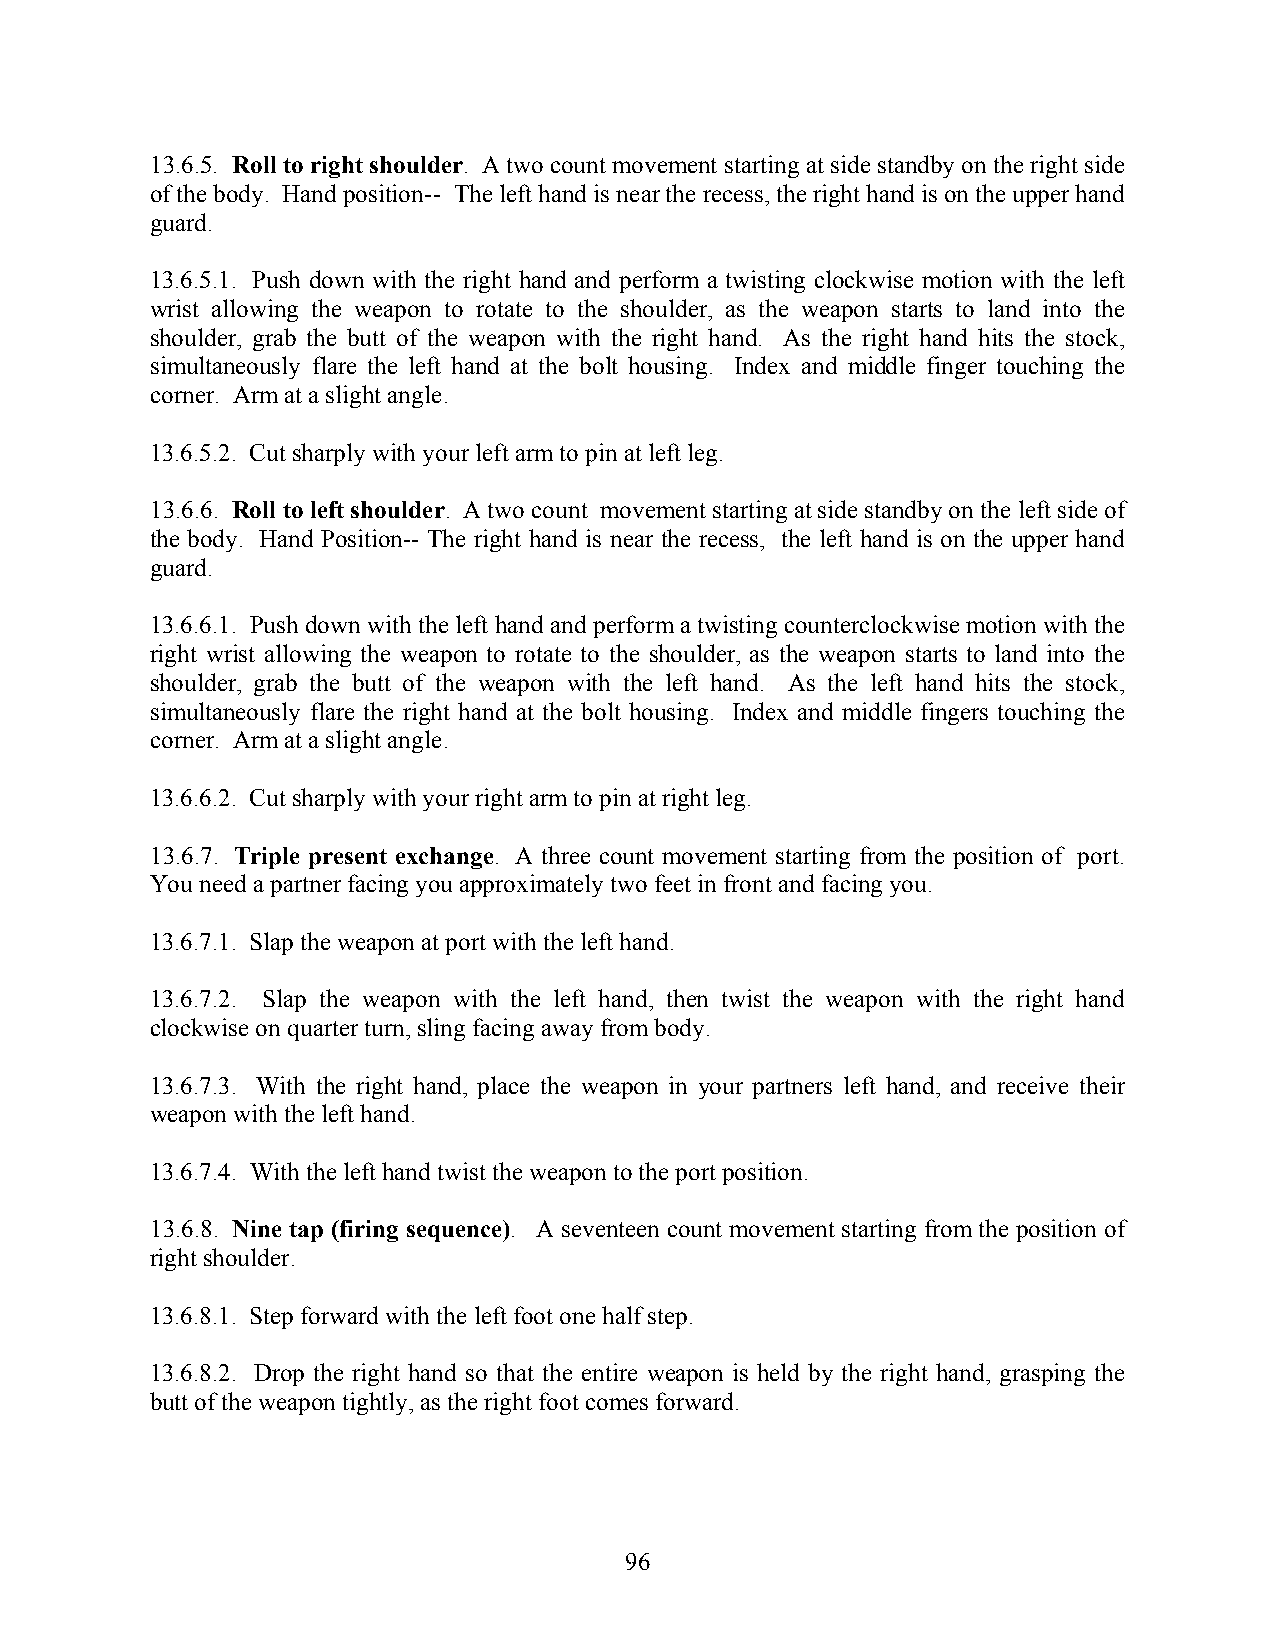
13.6.5. Roll to right shoulder. A two count movement starting at side standby on the right side
 of the body. Hand position-- The left hand is near the recess, the right hand is on the upper hand
 guard.
 13.6.5.1. Push down with the right hand and perform a twisting clockwise motion with the left
 wrist allowing the weapon to rotate to the shoulder, as the weapon starts to land into the
 shoulder, grab the butt of the weapon with the right hand. As the right hand hits the stock,
 simultaneously flare the left hand at the bolt housing. Index and middle finger touching the
 corner. Arm at a slight angle.
 13.6.5.2. Cut sharply with your left arm to pin at left leg.
 13.6.6. Roll to left shoulder. A two count movement starting at side standby on the left side of
 the body. Hand Position-- The right hand is near the recess, the left hand is on the upper hand
 guard.
 13.6.6.1. Push down with the left hand and perform a twisting counterclockwise motion with the
 right wrist allowing the weapon to rotate to the shoulder, as the weapon starts to land into the
 shoulder, grab the butt of the weapon with the left hand. As the left hand hits the stock,
 simultaneously flare the right hand at the bolt housing. Index and middle fingers touching the
 corner. Arm at a slight angle.
 13.6.6.2. Cut sharply with your right arm to pin at right leg.
 13.6.7. Triple present exchange. A three count movement starting from the position of port.
 You need a partner facing you approximately two feet in front and facing you.
 13.6.7.1. Slap the weapon at port with the left hand.
 13.6.7.2. Slap the weapon with the left hand, then twist the weapon with the right hand
 clockwise on quarter turn, sling facing away from body.
 13.6.7.3. With the right hand, place the weapon in your partners left hand, and receive their
 weapon with the left hand.
 13.6.7.4. With the left hand twist the weapon to the port position.
 13.6.8. Nine tap (firing sequence). A seventeen count movement starting from the position of
 right shoulder.
 13.6.8.1. Step forward with the left foot one half step.
 13.6.8.2. Drop the right hand so that the entire weapon is held by the right hand, grasping the
 butt of the weapon tightly, as the right foot comes forward.
 96